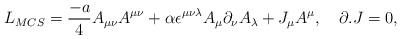
LaTeX: \begin{align*}L_{MCS}={{-a}\over 4}A_{\mu\nu}A^{\mu\nu}+\alpha\epsilon^{\mu\nu\lambda}A_\mu\partial_\nu A_\lambda +J_\mu A^\mu,~~~\partial.J=0,\end{align*}